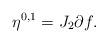
LaTeX: \begin{align*} \eta^{0,1} = J_2 \partial f. \end{align*}